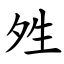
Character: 夝